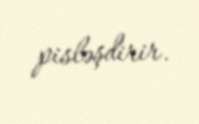
pisləşdirir.